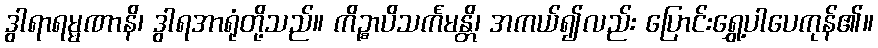
ဒွါရာရမ္မဏာနိ၊ ဒွါရအာရုံတို့သည်။ ကိဉ္စာပိသင်္ကမန္တိ၊ အကယ်၍လည်း ပြောင်းရွှေ့ပါပေကုန်၏။